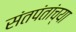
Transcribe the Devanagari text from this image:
संतपंतांच्या